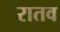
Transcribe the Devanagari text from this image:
रातव